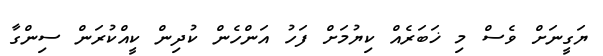
ޔަގީނަށް ވެސް މި ޚަބަރެއް ކިޔުމަށް ފަހު އަންހެން ކުދިން ކީއްކުރަން ސިންގާ